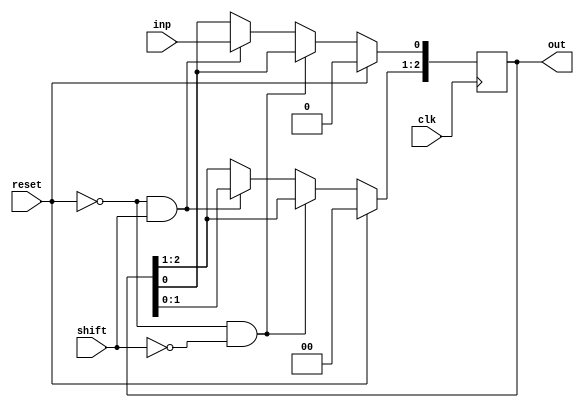
module GHR #(parameter W = 3) 
	(
		input clk, 
		input shift, 
		input reset, 
		input inp,	
		output reg [W-1:0] out
	);


	always @(posedge clk)
		begin
			if (reset == 1)
				out <= 0;
			else if (reset == 0 && shift == 0)
				out <= out;
			else if (reset == 0 && shift == 1)
				begin
					out[W-1:1] <= out[W-2:0];
					out[0] <= inp;
				end
		end
endmodule